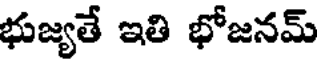
భుజ్యతే ఇతి భోజనమ్